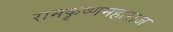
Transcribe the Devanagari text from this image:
रामकृष्णमहाराज